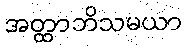
အတ္ထာဘိသမယာ